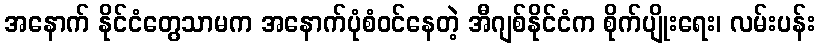
အနောက် နိုင်ငံတွေသာမက အနောက်ပုံစံဝင်နေတဲ့ အီဂျစ်နိုင်ငံက စိုက်ပျိုးရေး၊ လမ်းပန်း